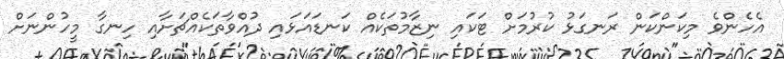
އެހެންވެ މިކަންކަން ރަނގަޅު ކުރުމަށް ޓަކައި ނިޒާމުތަކެއް ކަނޑައަޅައި ދުއްްވާތަކެއްޗަށާއި ހިނގާ މީހުންނަށް